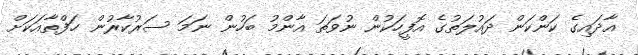
އާދައިގެ ކަންކަން ދައުލަތުގެ އޮފީހަކުން ނުވަތަ އާންމު ބަހުން ނަމަ ސަރުކާރުން ހަފްތާއަކަށް